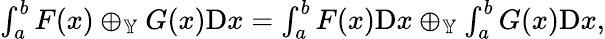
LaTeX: \begin{array}{r}{\int_{a}^{b}F(x)\oplus_{\mathbb{Y}}G(x)\mathrm{D}x=\int_{a}^{b}F(x)\mathrm{D}x\oplus_{\mathbb{Y}}\int_{a}^{b}G(x)\mathrm{D}x,}\end{array}